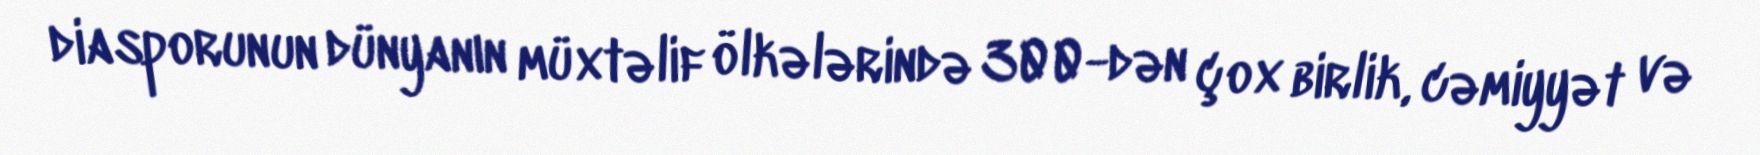
diasporunun dünyanın müxtəlif ölkələrində 300-dən çox birlik, cəmiyyət və